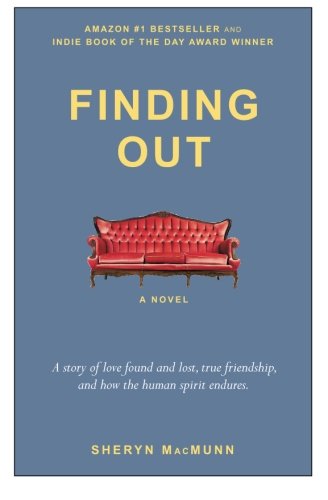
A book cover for Finding Out: A Novel; Sheryn MacMunn; Literature & Fiction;